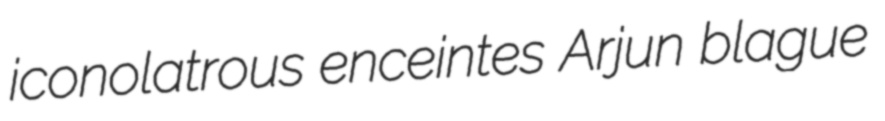
iconolatrous enceintes Arjun blague